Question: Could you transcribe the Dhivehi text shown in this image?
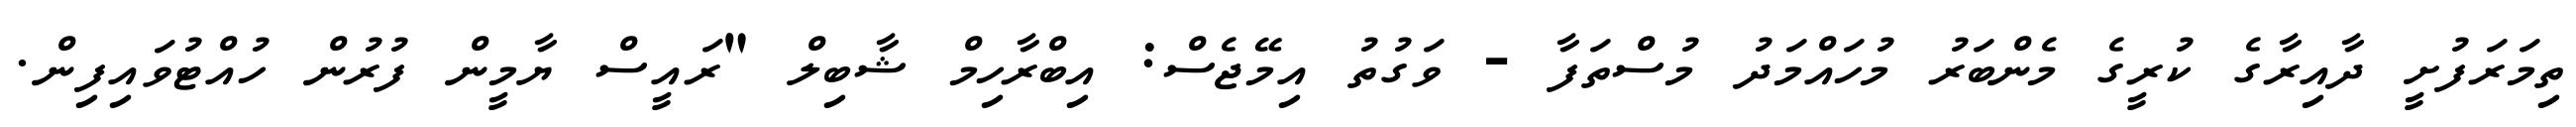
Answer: ތިމަރަފުށީ ދާއިރާގެ ކުރީގެ މެންބަރު މުހައްމަދު މުސްތަފާ - ވަގުތު އިމޭޖެސް: އިބްރާހިމް ޝާބިލް "ރައީސް ޔާމީން ފުރުން ހުއްޓުވައިފިން.